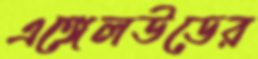
এঙ্গেলউডের